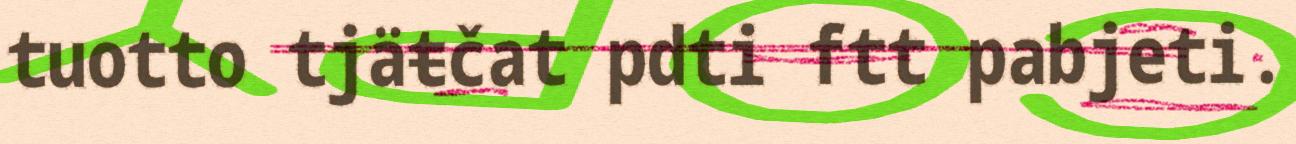
tuotto tjäŧčat pdti ftt pabjeti.